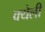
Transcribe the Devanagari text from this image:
क्येली